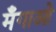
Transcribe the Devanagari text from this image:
मँगाओ